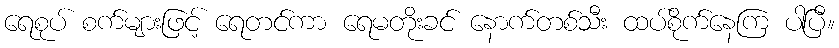
ရေစုပ် စက်များဖြင့် ရေတင်ကာ ရေမတိုးခင် နောက်တစ်သီး ထပ်စိုက်နေကြ ပါပြီ။